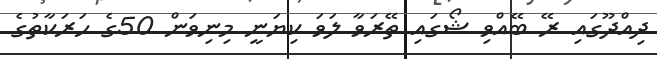
ދިއްދޫގައި ރޭ ބޭއްވި ޝޯގައި ތޭރަވާ ލަވަ ކިޔަނީ މިނިވަން 50ގެ ހަރަކާތުގެ